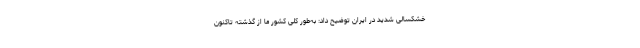
خشکسالی شدید در ایران توضیح داد: به‌طور کلی کشور ما از گذشته تاکنون